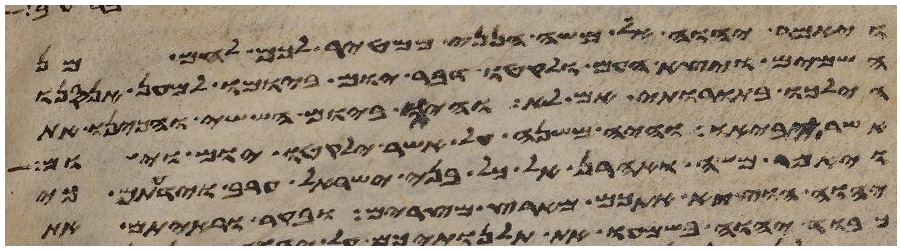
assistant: ויאמר יהוה אל משה הנני ממטיר לכם לחם מן
השמים ויצא העם ולקטו דבר יום ביומו למען אנסנו
הילכו בתורותי אם לא והיה ביום הששי והכינו את
אשר יביאו והיה משנה על אשר ילקטו יום ויום
ויאמר משה ואהרן אל כל בני ישראל ערב וידעתם כי
יהוה הוציא אתכם מארץ מצרים ובקר וראיתם את